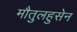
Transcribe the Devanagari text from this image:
मौतुलहुसेन